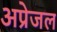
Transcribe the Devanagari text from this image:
अप्रेजल